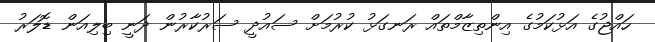
ހައްޖުގެ އަޅުކަމުގެ އިންތިޒާމްތައް ރަނގަޅު ކުރުމަށް ސައުދީ ސަރުކާރުން ދަނީ ބިލިއަން ޑޮލަރު